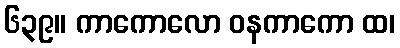
၆၃၉။ ကာကောလော ဝနကာကော ထ၊